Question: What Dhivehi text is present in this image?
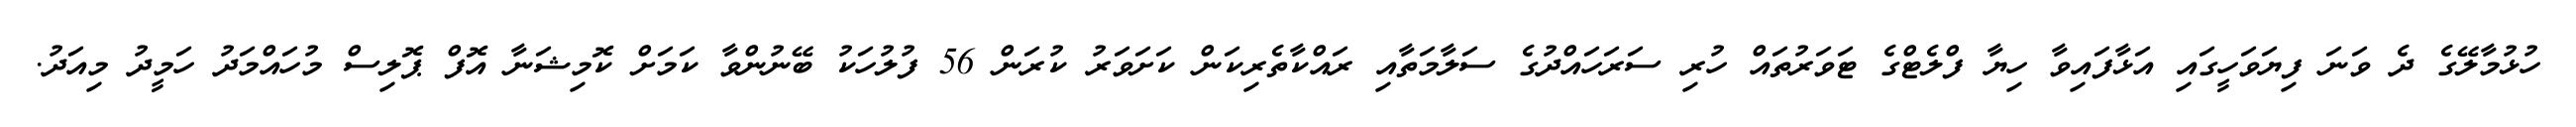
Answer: ހުޅުމާލޭގެ ދެ ވަނަ ފިޔަވަހީގައި އަޅާފައިވާ ހިޔާ ފްލެޓްގެ ޓަވަރުތައް ހުރި ސަރަހައްދުގެ ސަލާމަތާއި ރައްކާތެރިކަން ކަށަވަރު ކުރަން 56 ފުލުހަކު ބޭނުންވާ ކަމަށް ކޮމިޝަނާ އޮފް ޕޮލިސް މުހައްމަދު ހަމީދު މިއަދު.